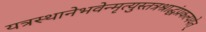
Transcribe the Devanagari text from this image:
यत्रस्थानेभवेन्मृत्युस्तत्रश्राद्धंप्रकल्पयेत्